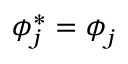
\boldsymbol { \phi } _ { j } ^ { \ast } = \boldsymbol { \phi } _ { j }